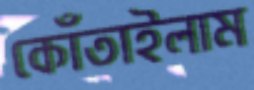
কোঁতাইলাম